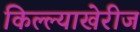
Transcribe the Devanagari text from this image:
किल्ल्याखेरीज